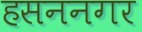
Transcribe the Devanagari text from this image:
हसननगर